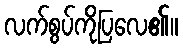
လက်စွပ်ကိုပြလေ၏။